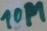
Text: 10M